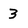
Character: 3